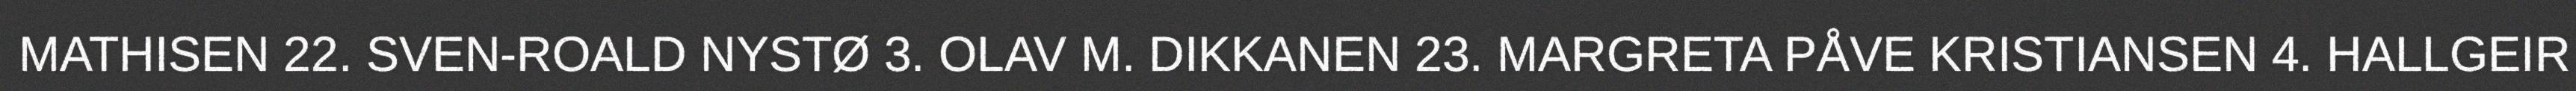
MATHISEN 22. SVEN-ROALD NYSTØ 3. OLAV M. DIKKANEN 23. MARGRETA PÅVE KRISTIANSEN 4. HALLGEIR